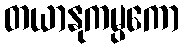
တယာနုကမ္ပကော